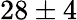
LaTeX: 28\pm 4